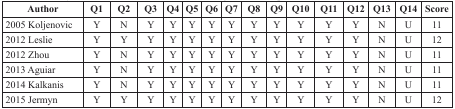
<table><thead><tr><td><b>Author</b></td><td><b>Q1</b></td><td><b>Q2</b></td><td><b>Q3</b></td><td><b>Q4</b></td><td><b>Q5</b></td><td><b>Q6</b></td><td><b>Q7</b></td><td><b>Q8</b></td><td><b>Q9</b></td><td><b>Q10</b></td><td><b>Q11</b></td><td><b>Q12</b></td><td><b>Q13</b></td><td><b>Q14</b></td><td><b>Score</b></td></tr></thead><tbody><tr><td>2005 Koljenovic</td><td>Y</td><td>N</td><td>Y</td><td>Y</td><td>Y</td><td>Y</td><td>Y</td><td>Y</td><td>Y</td><td>Y</td><td>Y</td><td>Y</td><td>N</td><td>U</td><td>11</td></tr><tr><td>2012 Leslie</td><td>Y</td><td>Y</td><td>Y</td><td>Y</td><td>Y</td><td>Y</td><td>Y</td><td>Y</td><td>Y</td><td>Y</td><td>Y</td><td>Y</td><td>N</td><td>U</td><td>12</td></tr><tr><td>2012 Zhou</td><td>Y</td><td>N</td><td>Y</td><td>Y</td><td>Y</td><td>Y</td><td>Y</td><td>Y</td><td>Y</td><td>Y</td><td>Y</td><td>Y</td><td>N</td><td>U</td><td>11</td></tr><tr><td>2013 Aguiar</td><td>Y</td><td>N</td><td>Y</td><td>Y</td><td>Y</td><td>Y</td><td>Y</td><td>Y</td><td>Y</td><td>Y</td><td>Y</td><td>Y</td><td>N</td><td>U</td><td>11</td></tr><tr><td>2014 Kalkanis</td><td>Y</td><td>N</td><td>Y</td><td>Y</td><td>Y</td><td>Y</td><td>Y</td><td>Y</td><td>Y</td><td>Y</td><td>Y</td><td>Y</td><td>N</td><td>U</td><td>11</td></tr><tr><td>2015 Jermyn</td><td>Y</td><td>Y</td><td>Y</td><td>Y</td><td>Y</td><td>Y</td><td>Y</td><td>Y</td><td>Y</td><td>Y</td><td>Y</td><td>Y</td><td>N</td><td>U</td><td>12</td></tr></tbody></table>